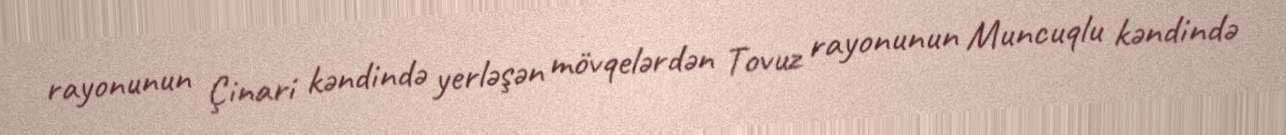
rayonunun Çinari kəndində yerləşən mövqelərdən Tovuz rayonunun Muncuqlu kəndində